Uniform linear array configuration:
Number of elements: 16
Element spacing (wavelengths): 0.5
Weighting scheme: hamming
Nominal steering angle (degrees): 15
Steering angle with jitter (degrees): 14.685
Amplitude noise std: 0.05
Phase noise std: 0.05

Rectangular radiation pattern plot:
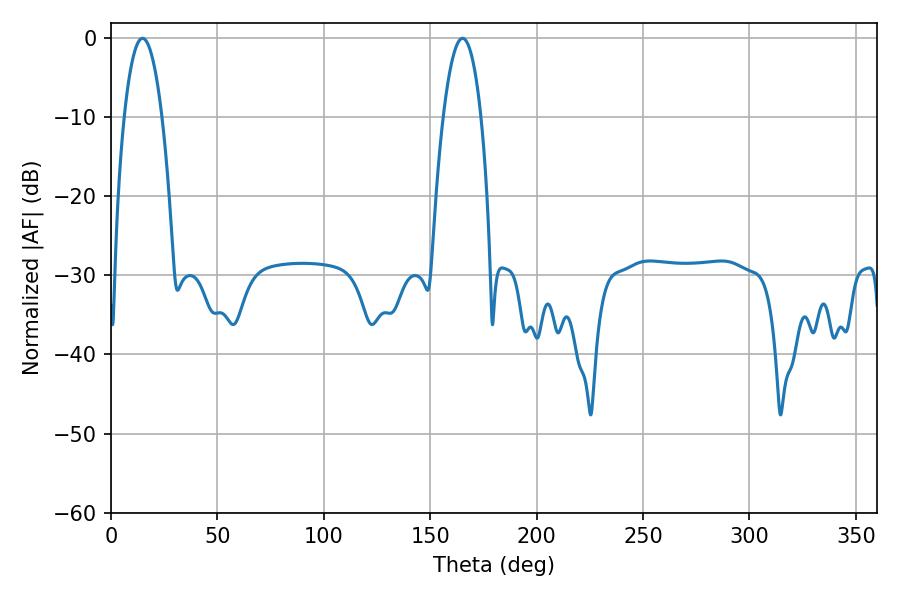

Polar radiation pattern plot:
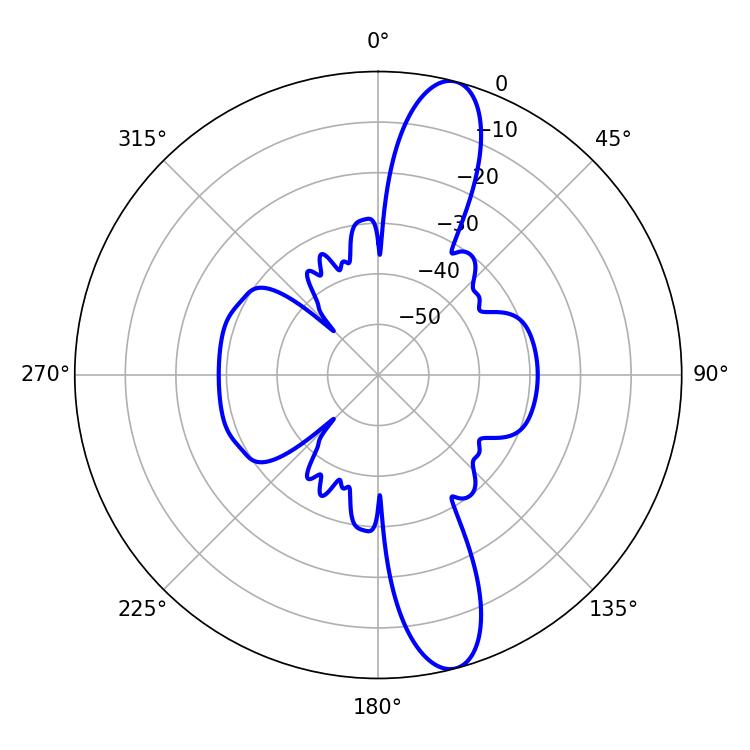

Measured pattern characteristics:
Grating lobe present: FALSE
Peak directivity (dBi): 13.265
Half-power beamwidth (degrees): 9.9
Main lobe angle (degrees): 14.76